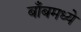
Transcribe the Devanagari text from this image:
बाँबमध्ये